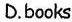
D.books